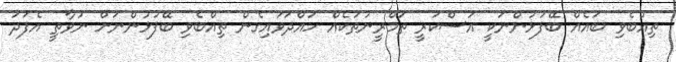
ތިއްބެވި ބައެއް ބޭފުޅުންނަކީ އަސްކަރީ ތަމްރީނުތަކެއް ހައްދަވައިގެން ތިއްބެވި ބޭފުޅުންނަށް ނުވާތީ އެފަދަ